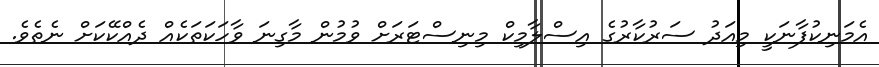
އެމަނިކުފާނަކީ މިއަދު ސަރުކާރުގެ އިސްލާމިކް މިނިސްޓަރަށް ވުމުން މާގިނަ ވާހަކަތަކެއް ދެއްކޭކަށް ނެތެވެ.